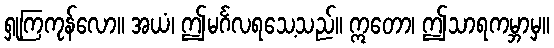
ရှုကြကုန်လော။ အယံ၊ ဤမင်္ဂလရသေ့သည်။ ဣတော၊ ဤသာရကမ္ဘာမှ။